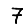
Digit: 7